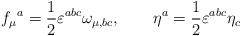
\begin{align*}f_\mu{}^a = \frac{1}{2} \varepsilon^{abc} \omega_{\mu,bc}, \qquad\eta^a = \frac{1}{2} \varepsilon^{abc} \eta_c\end{align*}